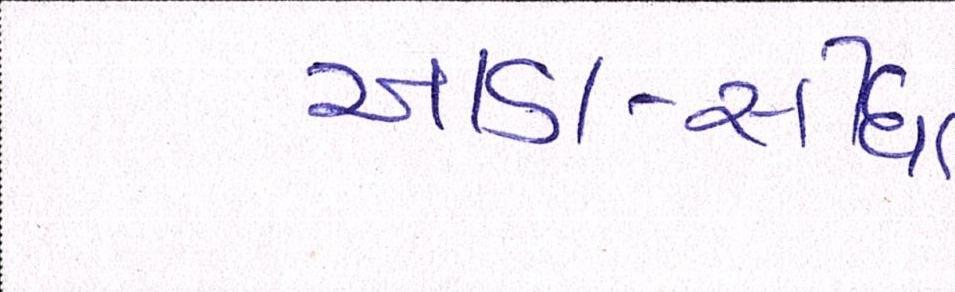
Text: આડા-સીધા